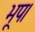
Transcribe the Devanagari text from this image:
भूप।